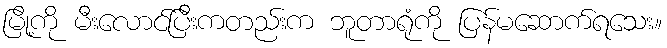
မြို့ကို မီးလောင်ပြီးကတည်းက ဘူတာရုံကို ပြန်မဆောက်ရသေး။